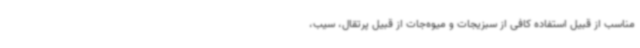
مناسب از قبیل استفاده کافی از سبزیجات و میوه‌جات از قبیل پرتقال، سیب،